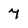
Character: 7